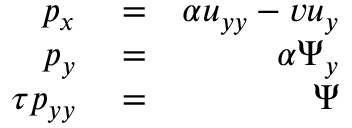
\begin{array} { r l r } { p _ { x } } & { { } = } & { \alpha u _ { y y } - v u _ { y } } \\ { p _ { y } } & { { } = } & { \alpha \Psi _ { y } } \\ { \tau p _ { y y } } & { { } = } & { \Psi } \end{array}